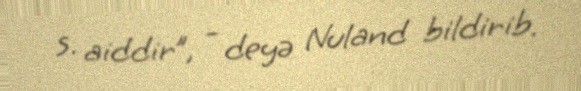
s. aiddir”, - deyə Nuland bildirib.